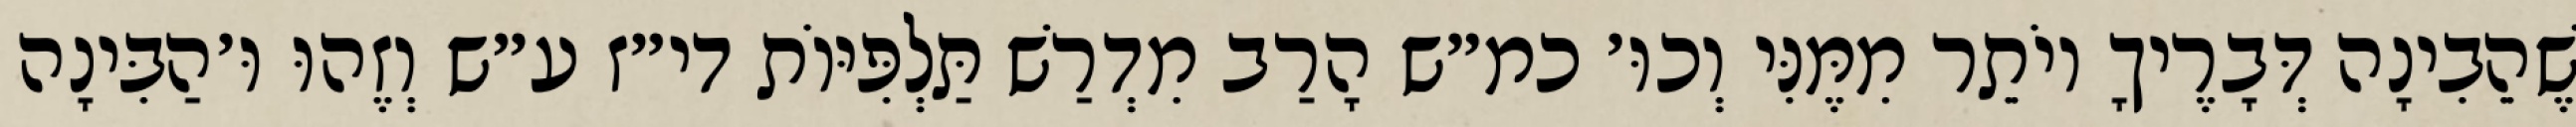
שֶׁהֵבִינָה דְּבָרֶיךָ יוֹתֵר מִמֶּנִּי וְכוּ׳ כמ״ש הָרַב מִדְרַשׁ תַּלְפִּיּוֹת די״ז ע״ש וְזֶהוּ וּ׳הַבִּינָה